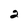
Character: 2